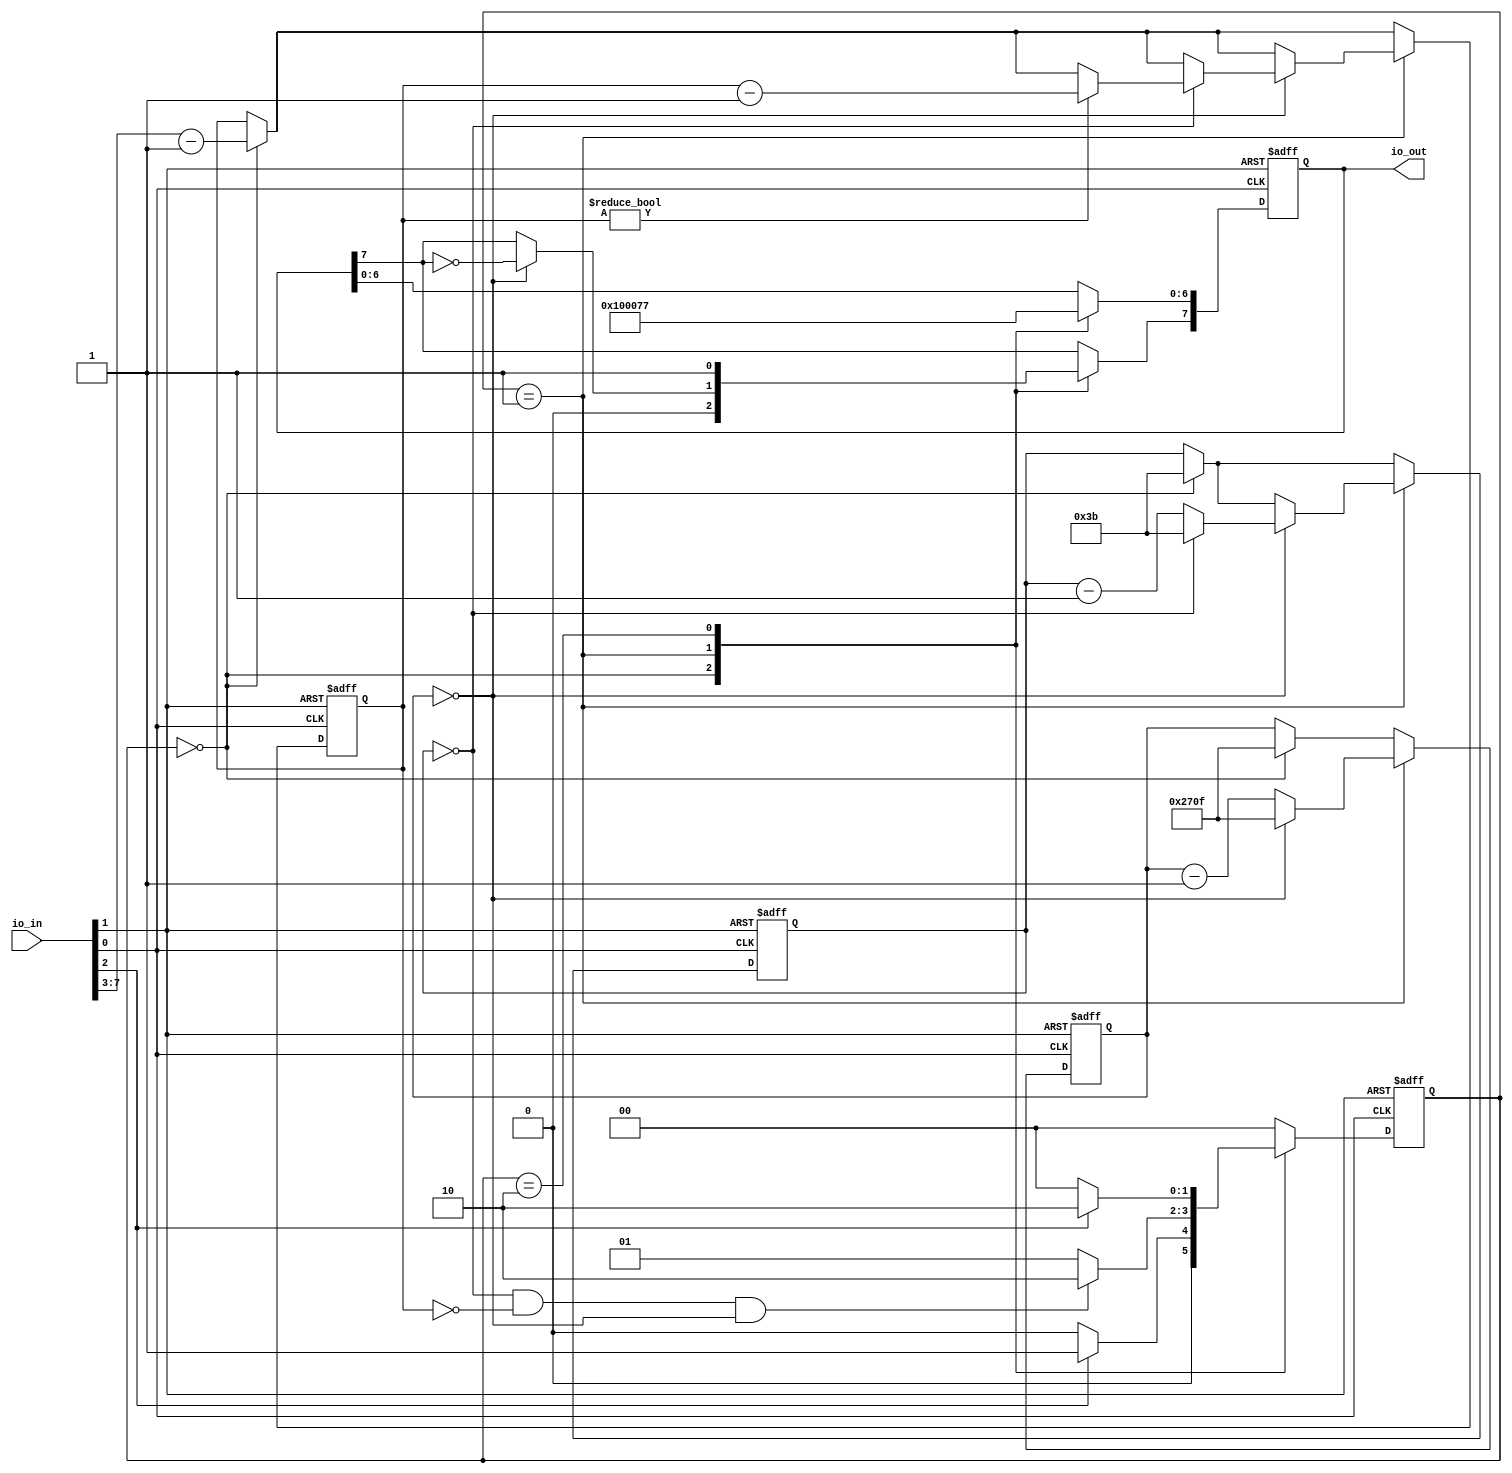

/*
tiny egg timer
*/

module yubex_egg_timer (
    input [7:0] io_in,
    output reg [7:0] io_out
    );
  
 wire clk;
 localparam clk_frequency = 14'd10000; // frequency in Hz
 wire rst;
 wire start;
  
  
 assign clk = io_in[0];
 assign rst = io_in[1];
 assign start = io_in[2];
 
 reg [1:0] state;
 localparam idle    = 2'b00;
 localparam waiting = 2'b01;
 localparam alarm   = 2'b10;
 
  reg [13:0] clk_cycle_cnt;
  reg [5:0]  second_cnt;
  reg [4:0]  minute_cnt;
  
  always @(posedge clk or posedge rst)
  begin
	if(rst) begin
        	state <= idle;
    	    end 
    else begin
        case(state)
            idle: 
                begin
                if (start == 1'b1)
                    state <= waiting;
                else
                    state <= idle;
                end
            waiting: 
                begin
                  if (second_cnt == 6'b0 && minute_cnt == 5'b0 && clk_cycle_cnt == 14'b0)
                    state <= alarm;
                else 
                    state <= waiting;
                end
            alarm: 
                begin
                if (start == 1'b0)
                    state <= idle;
                else
                    state <= alarm;
                end
            default: state <= idle;
        endcase
    end
  end  
  
  always @(posedge clk or posedge rst)
  begin
    if (rst) begin
      minute_cnt 	<= 5'b1;
      second_cnt    <= 6'd59;
      clk_cycle_cnt <= clk_frequency - 1;
    end
    else begin
        if (state == idle) begin
            //load wait time from io_in
            minute_cnt    <= io_in[7:3] - 1;
            second_cnt    <= 6'd59;
            clk_cycle_cnt <= clk_frequency - 1;
        end
        if (state == waiting) begin
            if (clk_cycle_cnt == 14'b0) begin
                clk_cycle_cnt <= clk_frequency - 1;
                if (second_cnt == 6'b0) begin
                    second_cnt <= 6'd59;
                  if (minute_cnt != 5'b0) begin
                        minute_cnt <= minute_cnt - 1;
                    end
                end
                else begin
                    second_cnt <= second_cnt - 1;
                end
            end
            else begin
                clk_cycle_cnt <= clk_cycle_cnt - 1;
            end
        end 
    end
  end
  
  // 7 segment display
  always @(posedge clk or posedge rst)
  begin
	if(rst) begin
        	io_out <= 8'b0;
    	end else begin
        case(state)
              idle: 
                  begin
                    io_out <= 8'b01000000;
                  end
              waiting: 
                  begin
                    io_out [6:0] <= 7'b0;
                    if (clk_cycle_cnt == 14'b0)
                    	io_out[7]<=~io_out[7];
                  end
              alarm: 
                  begin
	                io_out <= 8'b11110111;
                  end
              default:;
          endcase
        end
  end

endmodule